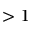
> 1